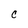
Character: C